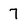
Character: 7